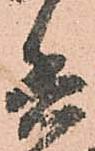
兵